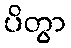
ပိတွာ